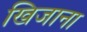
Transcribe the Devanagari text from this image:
खिजाना